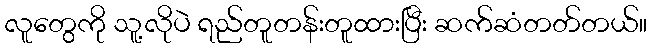
လူတွေကို သူ့လိုပဲ ရည်တူတန်းတူထားပြီး ဆက်ဆံတတ်တယ်။